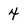
Character: 4